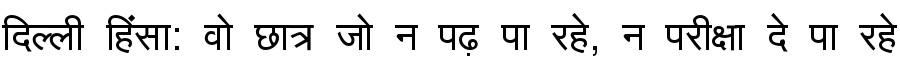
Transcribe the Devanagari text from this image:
दिल्ली हिंसा: वो छात्र जो न पढ़ पा रहे, न परीक्षा दे पा रहे